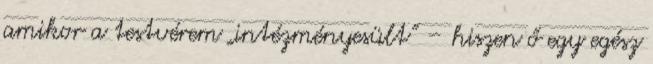
amikor a testvérem „intézményesült” – hiszen ő egy egész